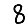
Digit: 8